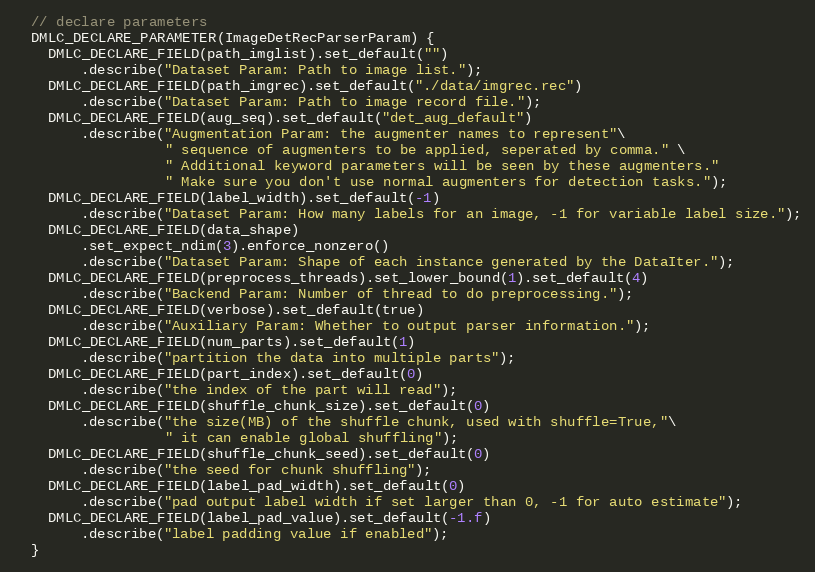
Language: C++
  // declare parameters
  DMLC_DECLARE_PARAMETER(ImageDetRecParserParam) {
    DMLC_DECLARE_FIELD(path_imglist).set_default("")
        .describe("Dataset Param: Path to image list.");
    DMLC_DECLARE_FIELD(path_imgrec).set_default("./data/imgrec.rec")
        .describe("Dataset Param: Path to image record file.");
    DMLC_DECLARE_FIELD(aug_seq).set_default("det_aug_default")
        .describe("Augmentation Param: the augmenter names to represent"\
                  " sequence of augmenters to be applied, seperated by comma." \
                  " Additional keyword parameters will be seen by these augmenters."
                  " Make sure you don't use normal augmenters for detection tasks.");
    DMLC_DECLARE_FIELD(label_width).set_default(-1)
        .describe("Dataset Param: How many labels for an image, -1 for variable label size.");
    DMLC_DECLARE_FIELD(data_shape)
        .set_expect_ndim(3).enforce_nonzero()
        .describe("Dataset Param: Shape of each instance generated by the DataIter.");
    DMLC_DECLARE_FIELD(preprocess_threads).set_lower_bound(1).set_default(4)
        .describe("Backend Param: Number of thread to do preprocessing.");
    DMLC_DECLARE_FIELD(verbose).set_default(true)
        .describe("Auxiliary Param: Whether to output parser information.");
    DMLC_DECLARE_FIELD(num_parts).set_default(1)
        .describe("partition the data into multiple parts");
    DMLC_DECLARE_FIELD(part_index).set_default(0)
        .describe("the index of the part will read");
    DMLC_DECLARE_FIELD(shuffle_chunk_size).set_default(0)
        .describe("the size(MB) of the shuffle chunk, used with shuffle=True,"\
                  " it can enable global shuffling");
    DMLC_DECLARE_FIELD(shuffle_chunk_seed).set_default(0)
        .describe("the seed for chunk shuffling");
    DMLC_DECLARE_FIELD(label_pad_width).set_default(0)
        .describe("pad output label width if set larger than 0, -1 for auto estimate");
    DMLC_DECLARE_FIELD(label_pad_value).set_default(-1.f)
        .describe("label padding value if enabled");
  }